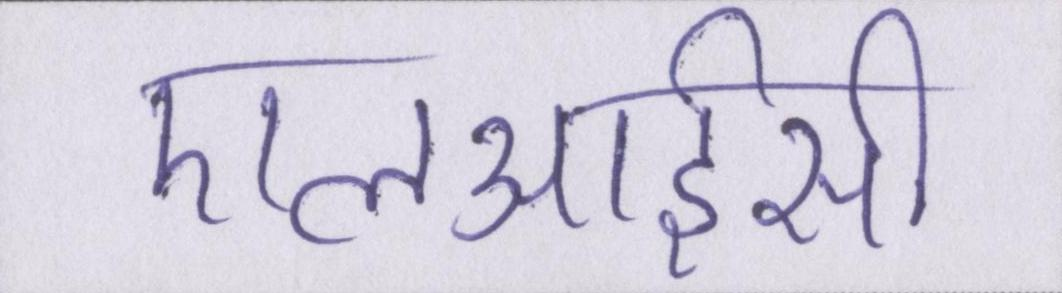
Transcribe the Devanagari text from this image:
एलआईसी